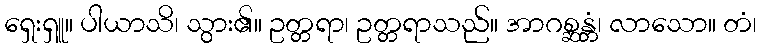
ရှေးရှူ။ ပါယာသိ၊ သွား၏။ ဥတ္တရာ၊ ဥတ္တရာသည်။ အာဂစ္ဆန္တံ၊ လာသော။ တံ၊